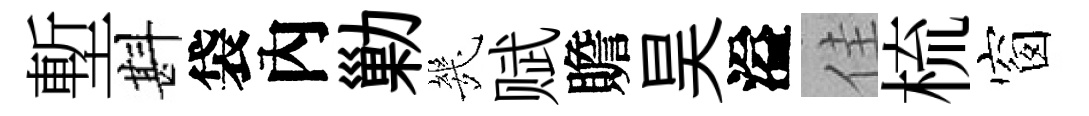
塹斟袋內勦㡬赋贍昊溢佳梳窗